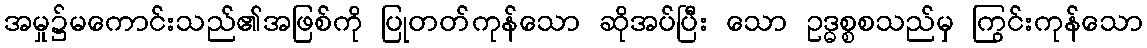
အမှု၌မကောင်းသည်၏အဖြစ်ကို ပြုတတ်ကုန်သော ဆိုအပ်ပြီး သော ဥဒ္ဓစ္စစသည်မှ ကြွင်းကုန်သော